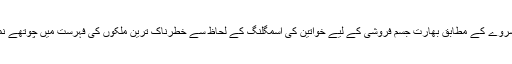
برطانوی سروے کے مطابق بھارت جسم فروشی کے لیے خواتین کی اسمگلنگ کے لحاظ سے خطرناک ترین ملکوں کی فہرست میں چوتھے نمبر پر ہے۔